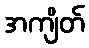
အကျိတ်